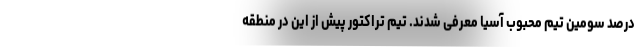
درصد سومین تیم محبوب آسیا معرفی شدند. تیم تراکتور پیش از این در منطقه